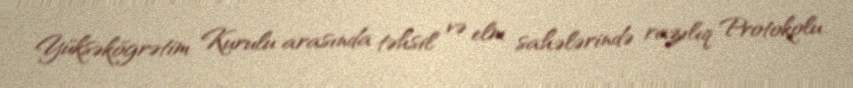
Yüksəkögrətim Kurulu arasında təhsil və elm sahələrində razılıq Protokolu.